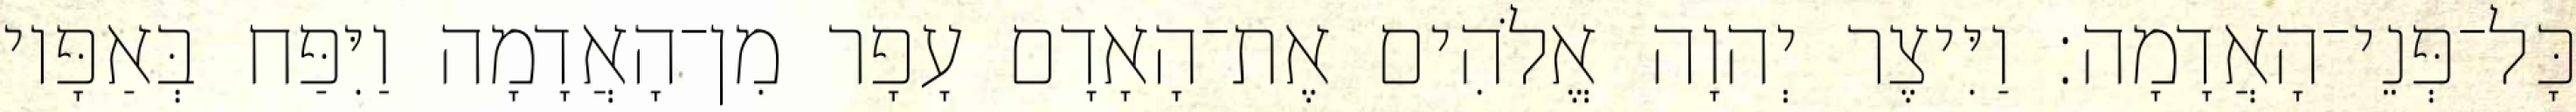
כָּל־פְּנֵי־הָאֲדָמָה׃ וַיִּיצֶר יְהוָה אֱלֹהִים אֶת־הָאָדָם עָפָר מִן־הָאֲדָמָה וַיִּפַּח בְּאַפָּיו